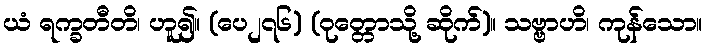
ယံ ရက္ခတီတိ၊ ဟူ၍။ (ပေ၂၇၆) (ဝုတ္တောသို့ ဆိုက်)။ သဗ္ဗာဟိ၊ ကုန်သော။